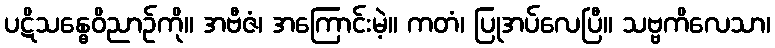
ပဋိသန္ဓေဝိညာဉ်ကို။ အဗီဇံ၊ အကြောင်းမဲ့။ ကတံ၊ ပြုအပ်လေပြီ။ သဗ္ဗကိလေသာ၊